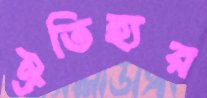
ঐতিহ্যর